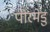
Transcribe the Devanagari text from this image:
पीरमेडु